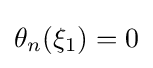
\theta _{n}(\xi _{1})=0